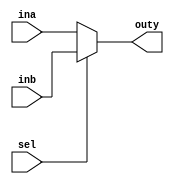
module mux2
#(parameter
	n     = 16//length of original number
)
(
    input [2*n-1 :0] ina,
    input [2*n-1 :0] inb,
    input sel,
    output reg [2*n-1 :0] outy
);
	
    always@ (*)
    begin
    if (sel == 0)
        outy = ina;
    else
        outy = inb;
    end
	
endmodule